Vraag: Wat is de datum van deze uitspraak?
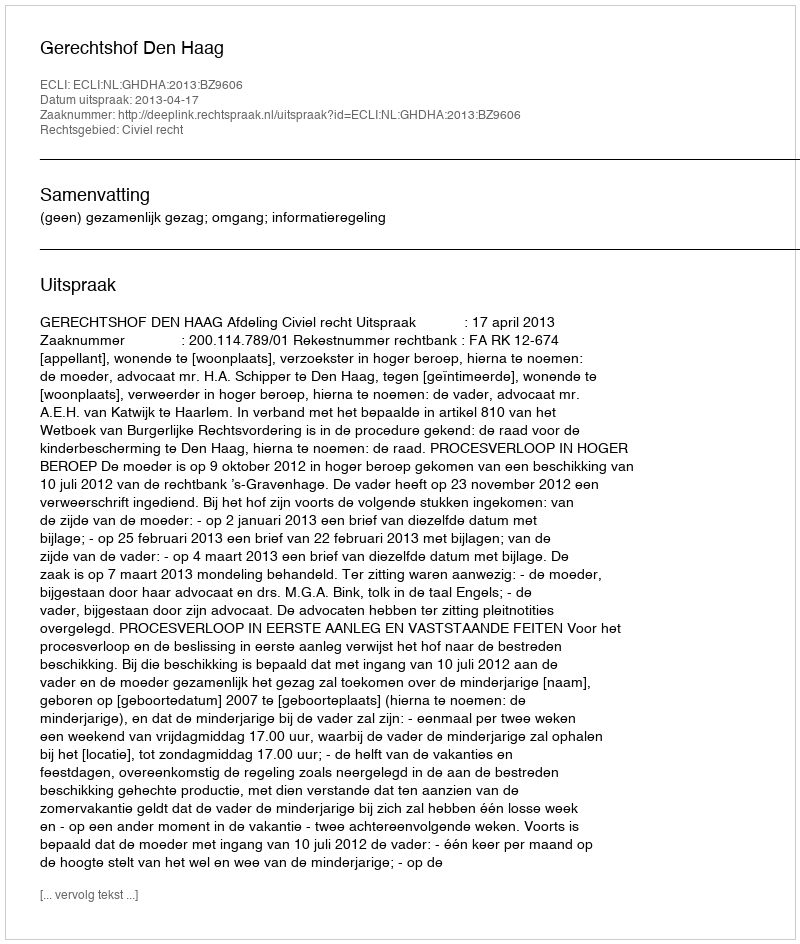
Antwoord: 2013-04-17